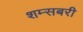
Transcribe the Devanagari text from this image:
शम्सबरी